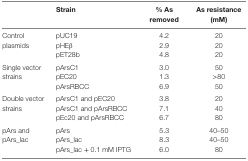
|  | Strain | % As removed | As resistance (mM) |
 | --- | --- | --- | --- |
 | <ROWSPAN=3> Control plasmids | pUC19 | 4.2 | 20 |
 | pHEβ | 2.9 | 20 |
 | pET28b | 4.8 | 20 |
 | <ROWSPAN=3> Single vector strains | pArsC1 | 3.0 | 50 |
 | pEC20 | 1.3 | >80 |
 | pArsRBCC | 6.9 | 50 |
 | <ROWSPAN=3> Double vector strains | pArsC1 and pEC20 | 3.8 | 20 |
 | pArsC1 and pArsRBCC | 7.1 | 40 |
 | pEc20 and pArsRBCC | 6.7 | 80 |
 | <ROWSPAN=3> pArs and pArs_lac | pArs | 5.3 | 40–50 |
 | pArs_lac | 8.3 | 40–50 |
 | pArs_lac + 0.1 mM IPTG | 6.0 | 80 |